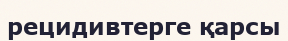
рецидивтерге қарсы